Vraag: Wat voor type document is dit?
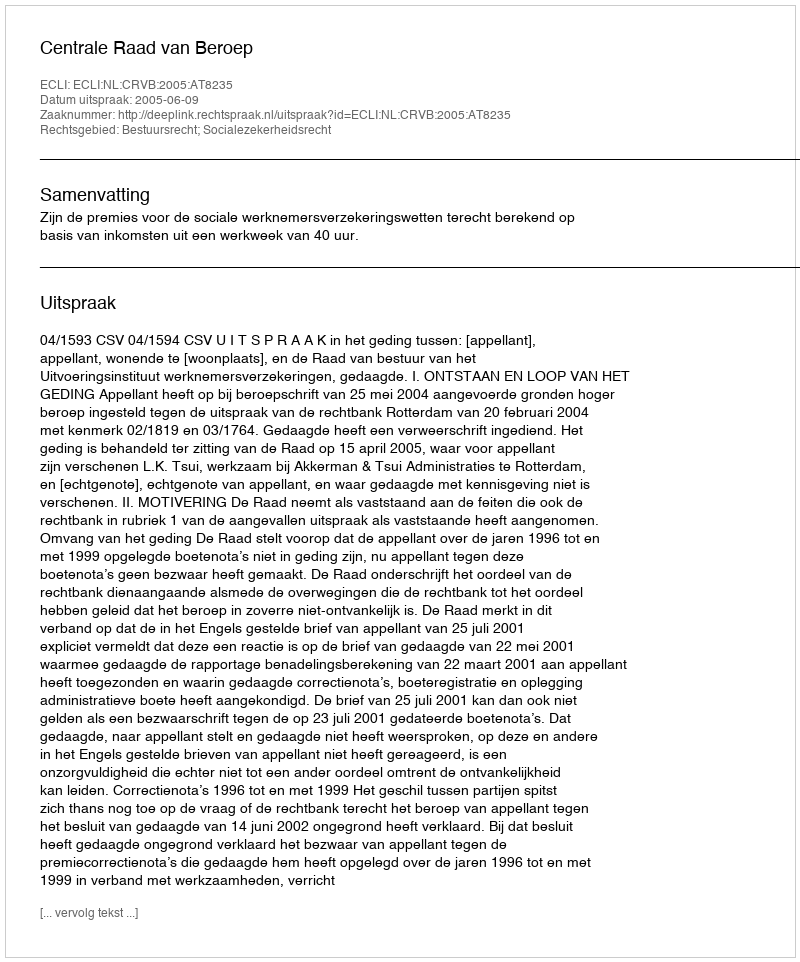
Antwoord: Uitspraak